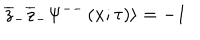
\overline { { { z } } } _ { - } \overline { { { z } } } _ { - } \Psi ^ { -- } \left( x ; \tau \right) \rangle = - 1